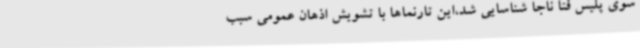
سوی پلیس فتا ناجا شناسایی شد،این تارنماها با تشویش اذهان عمومی سبب